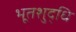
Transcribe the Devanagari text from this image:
भूतशुद्धि